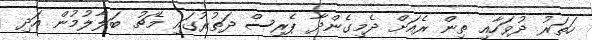
ހަތަރު ދުވަހާއި ތިން ރެއަށް ދެމިގެންދާ ޕެރިސް ދަތުރުގައި މެޗު ބަލާލުމުން އަދި